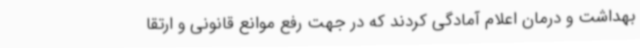
بهداشت و درمان اعلام آمادگی کردند که در جهت رفع موانع قانونی و ارتقا